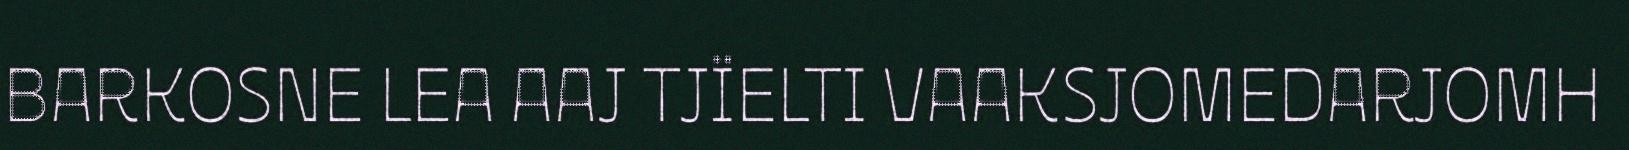
BARKOSNE LEA AAJ TJÏELTI VAAKSJOMEDARJOMH